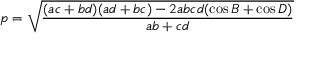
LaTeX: p = { \sqrt { \frac { ( a c + b d ) ( a d + b c ) - 2 a b c d ( \cos { B } + \cos { D } ) } { a b + c d } } }